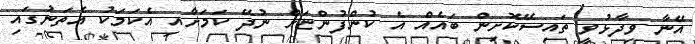
އޭނާ ވިދާޅުވީ ތައިސޭކޮށިން ބައެއް އެ ކުންފުންޏަށް ނުދޭ ކަމަށާއި އެކަމަކު އެތަނުގައި